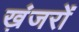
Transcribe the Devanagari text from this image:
ख़ंजरों